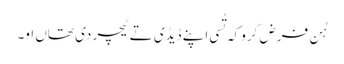
‏ ہُن فرض کرو کہ تُسی اپنے ڈیڈی تے ٹیچر دی تھاں او۔